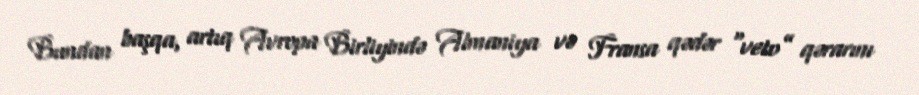
Bundan başqa, artıq Avropa Birliyində Almaniya və Fransa qədər “veto” qərarını